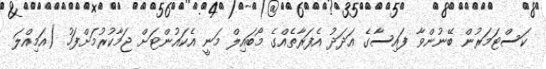
ކަސްޓަމަރުން ބޭނުންވާ ފައިސާގެ އަދަދު އެފަރާތެއްގެ މޯބައިލް މަނީ އެކައުންޓަށް ޖަމާކުރުމަށްފަހު (އަމިއްލަ